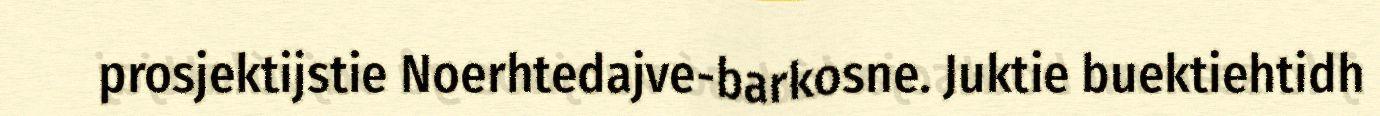
prosjektijstie Noerhtedajve-barkosne. Juktie buektiehtidh